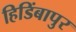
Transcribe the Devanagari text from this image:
हिडिंबापुर